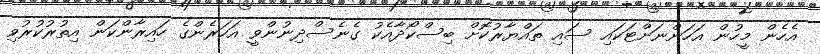
އެހެން މީހުން އަހަންނަށްޓަކައި ސައި ތައްޔާރުކޮށް ބިސްކޯދާއެކު ގެނެސްދިނުންވީ އަހަރެންގެ ހައިރާންކަން އިތުރުކުރުވި